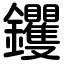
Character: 钁